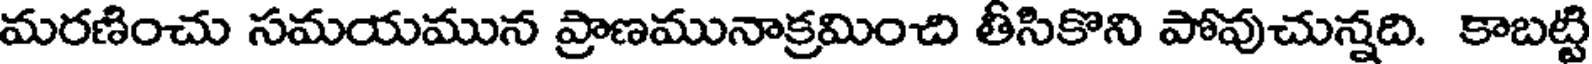
మరణించు సమయమున ప్రాణమునాక్రమించి తీసికొని పోవుచున్నది. కాబట్టి